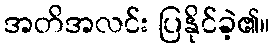
အတိအလင်း ပြနိုင်ခဲ့၏။